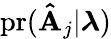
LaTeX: \mathrm{pr}(\mathbf{\hat{A}}_{j}|\boldsymbol{\lambda})